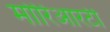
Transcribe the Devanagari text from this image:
मोरिआरटी